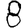
Digit: 8